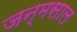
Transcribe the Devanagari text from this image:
जन्मसाल